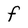
Character: f